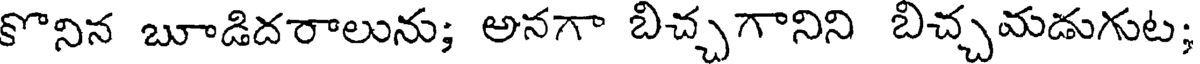
కొనిన బూడిదరాలును; అనగా బిచ్చగానిని బిచ్చమడుగుట;